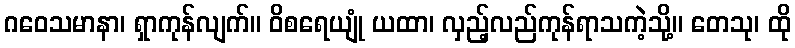
ဂဝေသမာနာ၊ ရှာကုန်လျက်။ ဝိစရေယျုံ ယထာ၊ လှည့်လည်ကုန်ရာသကဲ့သို့။ တေသု၊ ထို